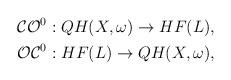
LaTeX: \begin{align*}\begin{gathered}\mathcal{CO}^0: QH(X,\omega) \to HF(L),\\\mathcal{OC}^0: HF(L) \to QH(X,\omega) ,\end{gathered}\end{align*}